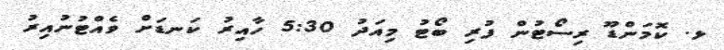
ޅ. ކޮމަންޑޫ ރިސޯޓުން ފުރި ބޯޓު މިއަދު 5:30 ހާއިރު ކަނޑަށް ވެއްޓުނުއިރު